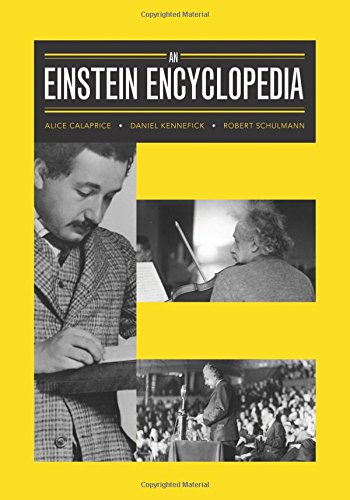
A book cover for An Einstein Encyclopedia; Alice Calaprice; Science & Math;